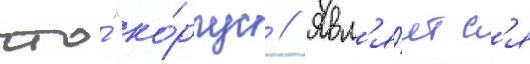
что́ "ко́рпус // Явл'я́етс'я